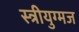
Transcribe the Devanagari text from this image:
स्त्रीयुग्मज